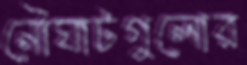
নৌঘাটগুলোর